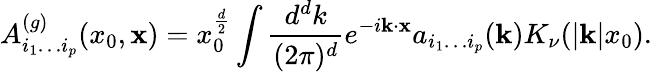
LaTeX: A_{i_{1}\ldots i_{p}}^{(g)}(x_{0},{\mathbf x})=x_{0}^{\frac{d}{2}}\int{\frac{d^{d}k}{(2\pi)^{d}}}e^{-i{\mathbf k}\cdot{\mathbf x}}a_{i_{1}\ldots i_{p}}({\mathbf k})K_{\nu}(|{\mathbf k}|x_{0}).